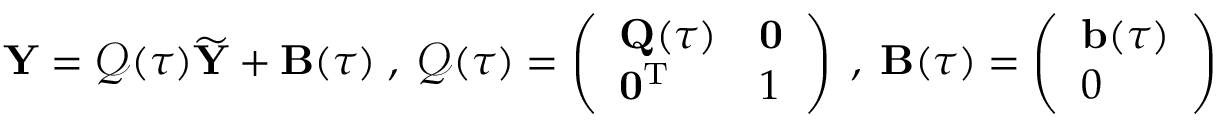
{ \mathbf Y } = \boldsymbol { \mathcal Q } ( \tau ) \widetilde { { \mathbf Y } } + { \mathbf B } ( \tau ) \; , \; \boldsymbol { \mathcal Q } ( \tau ) = \left( \begin{array} { l l } { { \mathbf Q } ( \tau ) } & { { \mathbf 0 } } \\ { { \mathbf 0 } ^ { { \mathrm T } } } & { 1 } \end{array} \right) \; , \; { \mathbf B } ( \tau ) = \left( \begin{array} { l } { { \mathbf b } ( \tau ) } \\ { 0 } \end{array} \right)